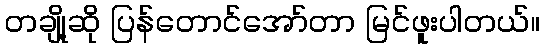
တချို့ဆို ပြန်တောင်အော်တာ မြင်ဖူးပါတယ်။